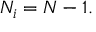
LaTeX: N _ { i } = N - 1 .